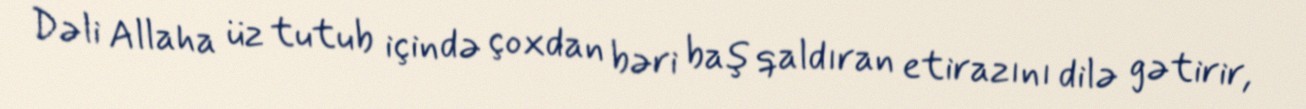
Dəli Allaha üz tutub içində çoxdan bəri baş qaldıran etirazını dilə gətirir,